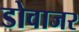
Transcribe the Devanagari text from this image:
डोवाजर